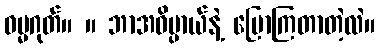
ဓမ္မဂုတ်။ ။ ဘာအဓိပ္ပာယ်နဲ့ ပြောကြတာတဲ့လဲ။